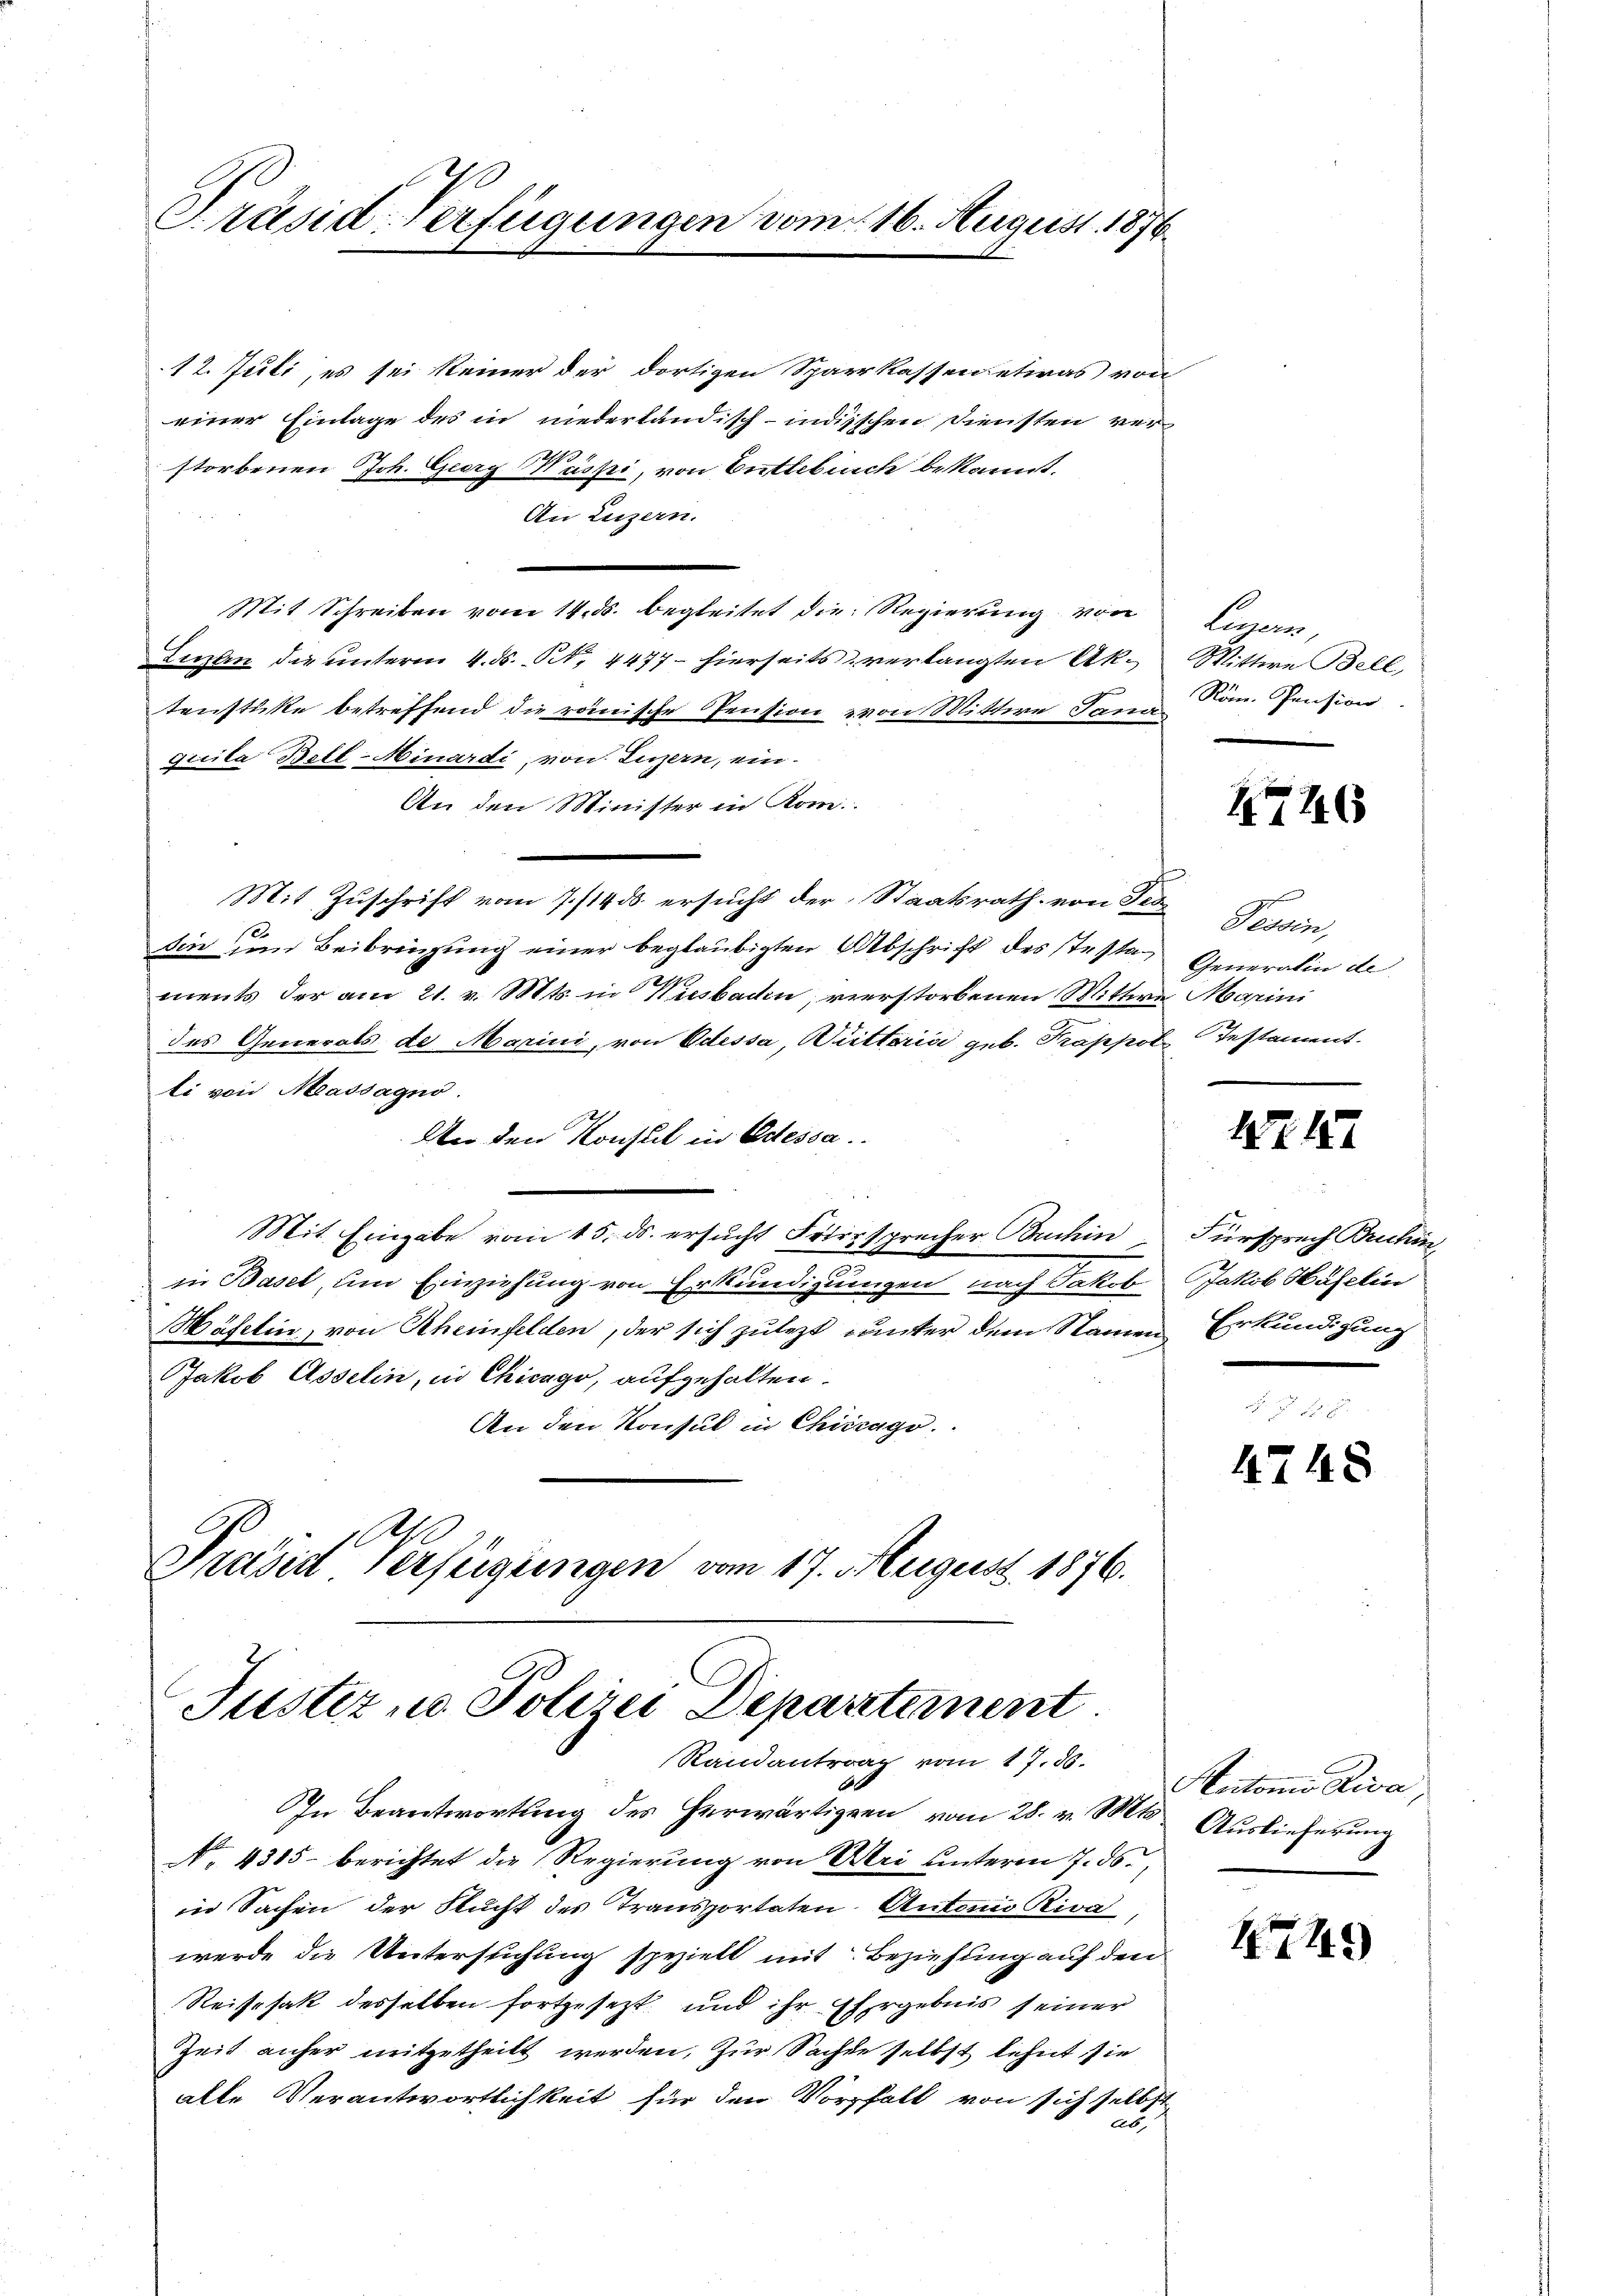
Präsid. Verfügungen vom 16. August 1876

12. Juli, es sei keiner der dortigen Sparkassen etwas von
einer Einlage des in niederländisch-indischen Diensten verstorbenen Joh. Georg Waspi, von Entlebuch bekannt.
An Luzern.
Mit Schreiben vom 14. ds. begleitet die Regierung von
Luzan die unterm 4. ds. S. 4477 - hierseits verlangten Aktenstücke betreffend die reinische Pension von Mitter Jann Rom. Pension
quila Bell-Ninardi, von Luzern, ein¬
An den Minister in Rom.
Mit Zuschrift vom 7./14. ds. ersucht der Staatsrath von Sei Tessin,
10
sin um Beibringung einer beglaubigten Abschrift des Testaments der am 21. v. Mts. in Kiesbache, verstorbenen Mittwe Marini
des Generals de Marini, von Odessa, Butteria geb. Trappol, Testament.
ti von Massagno.
An den Konsul in Odessa

Mit Eingabe vom 15. ds. ersucht Friersprecher Buchin Fürsprech Bruhin,
in Basel, um Einziehung von Erkundigungen nach Jakob Jakob Häfelin
Häfelin, von Rheinfelden, der sich zulezt unter dem Namen Erkundigung
Jakob Asselin, in Chicago, aufgehalten.
An den Konsul in Chicago
Previel Verfügungen vom 17. August 1876.

Justiz ne Polizei Departement
Randantrag vom 17. 86.

In Beantwortung des herwärtigen vom 28. v. Mts. Auslieferung
No 4385 berichtet die Regierung von Uri unterm 7. ds.,
in Sachen der Flucht des Transportaten Antonio Riva,
werde die Untersuchung speziell mit Beziehung auf den
Reisesak desselben fortgesetzt und ihr Ehrgebnis seiner
Zeit anher mitgetheilt werden, zur Sachen selbst lehnt sie
alle Verantwortlichkeit für den Vorfall von sich selbst
ab

Luzern,
Wittwe Bell

2746

Generalin de

1247

4748

Rectonio Diva

749